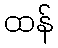
ထန်